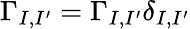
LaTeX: \Gamma_{I,I^{\prime}}=\Gamma_{I,I^{\prime}}\delta_{I,I^{\prime}}